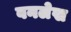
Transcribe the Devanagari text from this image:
बनलेख